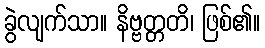
ခွဲလျက်သာ။ နိဗ္ဗတ္တတိ၊ ဖြစ်၏။